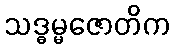
သဒ္ဓမ္မဇောတိက